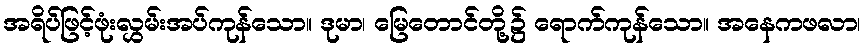
အရိပ်ဖြင့်ဖုံးလွှမ်းအပ်ကုန်သော။ ဒုမာ၊ မြေတောင်တို့၌ ရောက်ကုန်သော။ အနေကဖလာ၊